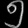
Digit: ၅